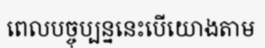
ពេលបច្ចុប្បន្ននេះបើយោងតាម